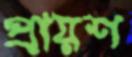
প্রায়শ